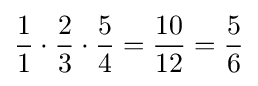
{1 \over 1}\cdot {2 \over 3}\cdot {5 \over 4}={10 \over 12}={5 \over 6}